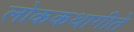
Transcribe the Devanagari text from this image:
लोककथागीते